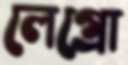
লেগ্রো